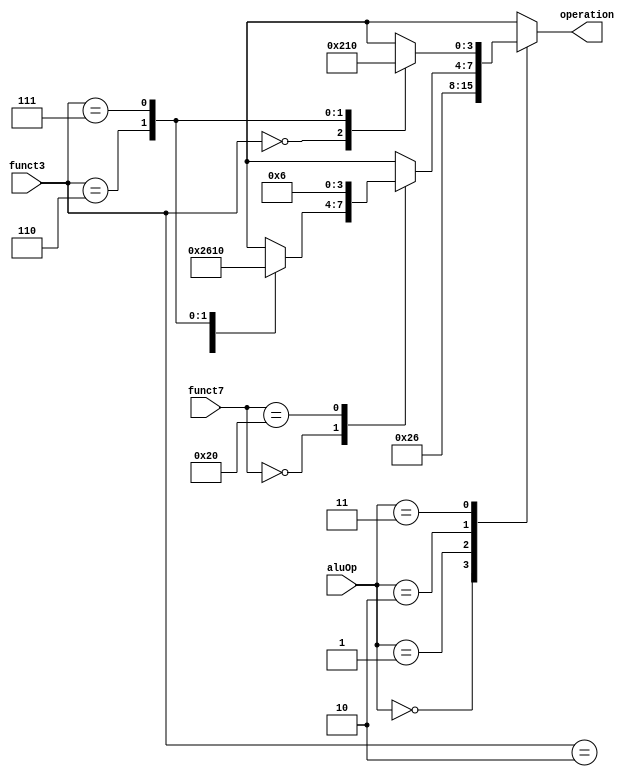
module aluControl(operation,
						aluOp,
						funct3,
						funct7
						);
						
	output [3:0] operation;
		
	input [1:0] aluOp;
	input [6:0] funct7;
	input [2:0] funct3;

	reg [3:0] operation;
	 
	always @(aluOp or funct7 or funct3)
	
		case(aluOp)
		
			2'b00: operation = 4'b0010; //add (for lw/sw)
			
			2'b01: operation = 4'b0110; //sub (for beq, bne)
			
			// R-type instructions
			2'b10: casex(funct7)
							7'b0000000: casex(funct3)
												3'b000: operation = 4'b0010; //add (for add)
												3'b010: operation = 4'b0110; //slt (for slt)
												3'b110: operation = 4'b0001; //or (for or)
												3'b111: operation = 4'b0000; //and (for and)
												default: operation = 4'bxxxx;
											endcase
											
							7'b0100000: operation = 4'b0110; //sub (for sub)
							default: operation = 4'bxxxx;	//illegal operation
					endcase
					
			2'b11: casex(funct3)
						3'b000: operation = 4'b0010; //add (for addi)
						3'b110: operation = 4'b0001; //or (for ori)
						3'b111: operation = 4'b0000; //and (for andi)
						default: operation = 4'bxxxx;
					 endcase
			
			default: operation = 4'bxxxx;
			
		endcase
 
endmodule